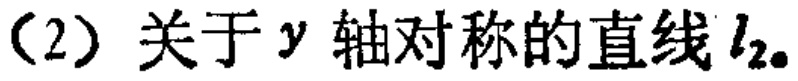
（2）关于\(y\)轴对称的直线\(l_{2}\)。